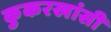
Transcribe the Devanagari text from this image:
कुकरखांसी